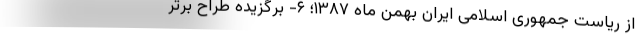
از ریاست جمهوری اسلامی ایران بهمن ماه ۱۳۸۷؛ ۶- برگزیده طراح برتر